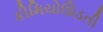
કીમિયોઊડતી